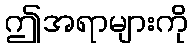
ဤအရာများကို